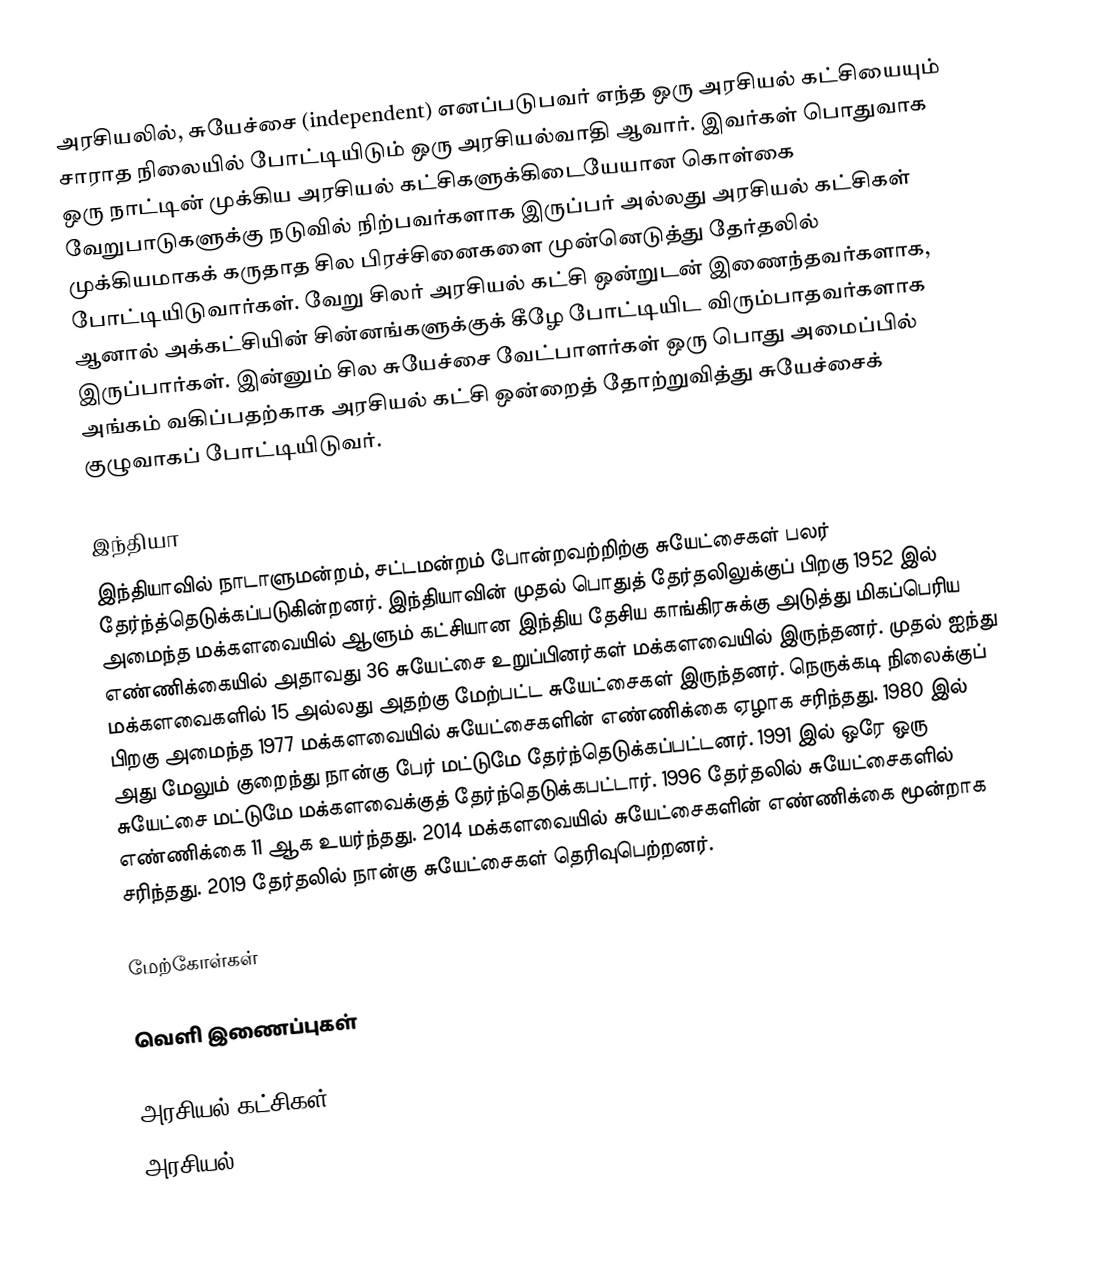
அரசியலில், சுயேச்சை (independent) எனப்படுபவர் எந்த ஒரு அரசியல் கட்சியையும் சாராத நிலையில்  போட்டியிடும் ஒரு அரசியல்வாதி ஆவார். இவர்கள் பொதுவாக ஒரு நாட்டின் முக்கிய அரசியல் கட்சிகளுக்கிடையேயான கொள்கை வேறுபாடுகளுக்கு நடுவில் நிற்பவர்களாக இருப்பர் அல்லது அரசியல் கட்சிகள் முக்கியமாகக் கருதாத சில பிரச்சினைகளை முன்னெடுத்து தேர்தலில் போட்டியிடுவார்கள். வேறு சிலர் அரசியல் கட்சி ஒன்றுடன் இணைந்தவர்களாக, ஆனால் அக்கட்சியின் சின்னங்களுக்குக் கீழே போட்டியிட விரும்பாதவர்களாக இருப்பார்கள். இன்னும் சில சுயேச்சை வேட்பாளர்கள் ஒரு பொது அமைப்பில் அங்கம் வகிப்பதற்காக அரசியல் கட்சி ஒன்றைத் தோற்றுவித்து சுயேச்சைக் குழுவாகப் போட்டியிடுவர்.

இந்தியா
இந்தியாவில் நாடாளுமன்றம், சட்டமன்றம் போன்றவற்றிற்கு சுயேட்சைகள் பலர் தேர்ந்த்தெடுக்கப்படுகின்றனர். இந்தியாவின் முதல் பொதுத் தேர்தலிலுக்குப் பிறகு 1952 இல் அமைந்த மக்களவையில் ஆளும் கட்சியான இந்திய தேசிய காங்கிரசுக்கு அடுத்து மிகப்பெரிய எண்ணிக்கையில் அதாவது 36 சுயேட்சை உறுப்பினர்கள் மக்களவையில் இருந்தனர். முதல் ஐந்து மக்களவைகளில் 15 அல்லது அதற்கு மேற்பட்ட சுயேட்சைகள் இருந்தனர். நெருக்கடி நிலைக்குப் பிறகு அமைந்த 1977 மக்களவையில் சுயேட்சைகளின் எண்ணிக்கை ஏழாக சரிந்தது. 1980 இல் அது மேலும் குறைந்து  நான்கு பேர் மட்டுமே தேர்ந்தெடுக்கப்பட்டனர். 1991 இல் ஒரே ஒரு சுயேட்சை மட்டுமே மக்களவைக்குத் தேர்ந்தெடுக்கபட்டார். 1996 தேர்தலில் சுயேட்சைகளில் எண்ணிக்கை 11 ஆக உயர்ந்தது. 2014 மக்களவையில் சுயேட்சைகளின் எண்ணிக்கை மூன்றாக சரிந்தது. 2019 தேர்தலில் நான்கு சுயேட்சைகள் தெரிவுபெற்றனர்.

மேற்கோள்கள்

வெளி இணைப்புகள்

அரசியல் கட்சிகள்
அரசியல்